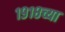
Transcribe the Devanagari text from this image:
१९१८च्या